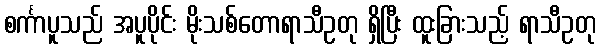
စင်္ကာပူသည် အပူပိုင်း မိုးသစ်တောရာသီဥတု ရှိပြီး ထူးခြားသည့် ရာသီဥတု